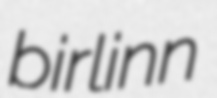
birlinn